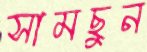
সামছুন